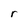
Character: r